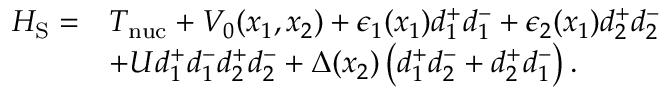
\begin{array} { r l } { H _ { \mathrm { S } } = } & { T _ { \mathrm { n u c } } + V _ { 0 } ( x _ { 1 } , x _ { 2 } ) + \epsilon _ { 1 } ( x _ { 1 } ) d _ { 1 } ^ { + } d _ { 1 } ^ { - } + \epsilon _ { 2 } ( x _ { 1 } ) d _ { 2 } ^ { + } d _ { 2 } ^ { - } } \\ & { + U d _ { 1 } ^ { + } d _ { 1 } ^ { - } d _ { 2 } ^ { + } d _ { 2 } ^ { - } + \Delta ( x _ { 2 } ) \left( d _ { 1 } ^ { + } d _ { 2 } ^ { - } + d _ { 2 } ^ { + } d _ { 1 } ^ { - } \right) . } \end{array}